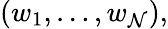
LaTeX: (w_{1},\ldots,w_{\mathcal{N}}),